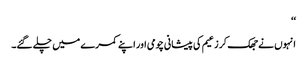
‘‘
انہوں نے جھک کر زعیم کی پیشانی چومی اور اپنے کمرے میں چلے گئے۔